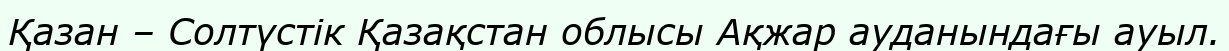
Қазан – Солтүстік Қазақстан облысы Ақжар ауданындағы ауыл.